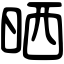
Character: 晒